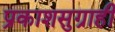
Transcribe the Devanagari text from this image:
प्रकाशसुग्राही